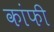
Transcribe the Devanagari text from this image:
कांफी